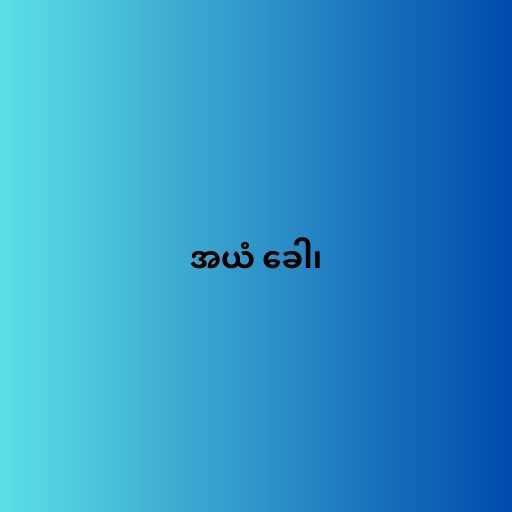
အယံ ခေါ၊